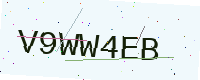
Text: V9WW4EB